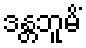
ဒန္တဘူမိံ